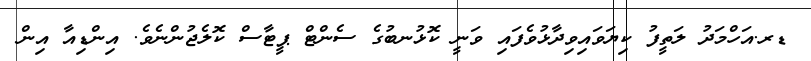
ޑރ.އަހްމަދު ލަތީފު ކިޔަވައިވިދާޅުވެފައި ވަނީ ކޮޅުނބުގެ ސެންޓް ޕީޓާސް ކޮލެޖުންނެވެ. އިންޑިއާ އިން